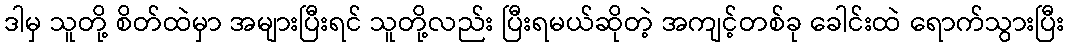
ဒါမှ သူတို့ စိတ်ထဲမှာ အများပြီးရင် သူတို့လည်း ပြီးရမယ်ဆိုတဲ့ အကျင့်တစ်ခု ခေါင်းထဲ ရောက်သွားပြီး